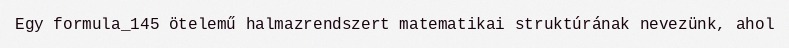
Egy formula_145 ötelemű halmazrendszert matematikai struktúrának nevezünk, ahol